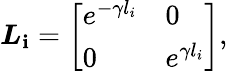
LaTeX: \boldsymbol{L}_{\mathbf{i}}=\left[\begin{array}{ll}{e^{-\gamma l_{i}}}&{0}\\ {0}&{e^{\gamma l_{i}}}\end{array}\right],